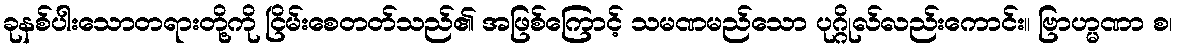
ခုနစ်ပါးသောတရားတို့ကို ငြိမ်းစေတတ်သည်၏ အဖြစ်ကြောင့် သမဏမည်သော ပုဂ္ဂိုလ်လည်းကောင်း။ ဗြာဟ္မဏာ စ၊